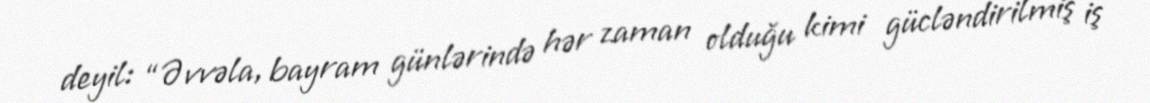
deyil: “Əvvəla, bayram günlərində hər zaman olduğu kimi gücləndirilmiş iş